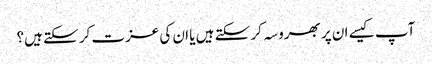
آپ کیسے ان پر بھروسہ کر سکتے ہیں یا ان کی عزت کر سکتے ہیں؟